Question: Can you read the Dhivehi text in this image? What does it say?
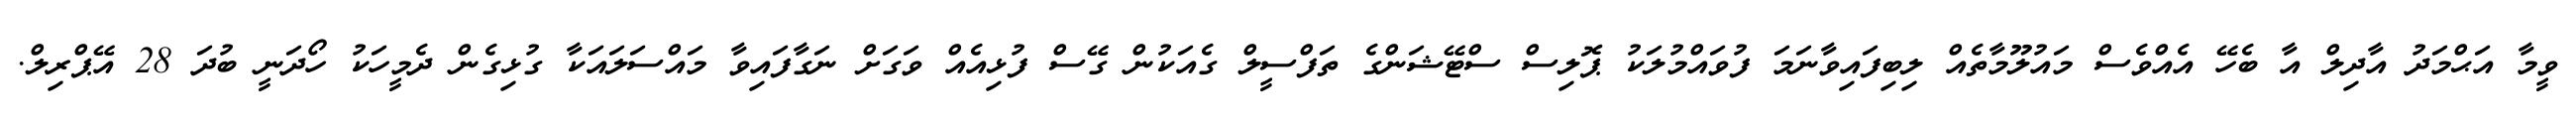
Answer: ވީމާ އަޙްމަދު އާދިލް އާ ބެހޭ އެއްވެސް މައުލޫމާތެއް ލިބިފައިވާނަމަ ފުވައްމުލަކު ޕޮލިސް ސްޓޭޝަންގެ ތަފްސީލް ގެއަކުން ގޭސް ފުޅިއެއް ވަގަށް ނަގާފައިވާ މައްސަލައަކާ ގުޅިގެން ދެމީހަކު ހޯދަނީ ބުދަ 28 އޭޕްރިލް.